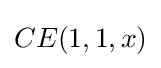
CE(1,1,x)